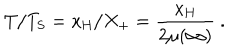
T / T _ { \mathrm { S } } = x _ { \mathrm { H } } / X _ { + } = \frac { x _ { \mathrm { H } } } { 2 \mu ( \infty ) } \ .